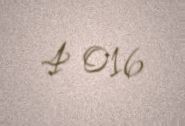
4 016